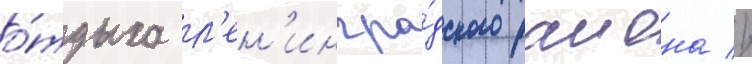
о́тдыха л'ен'ингра́дского раиона //